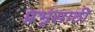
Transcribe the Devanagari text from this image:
प्रभूंसाठी